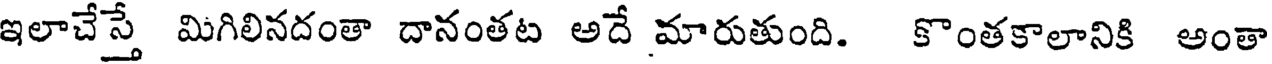
ఇలాచేస్తే మిగిలినదంతా దానంతట అదే మారుతుంది. కొంతకాలానికి అంతా